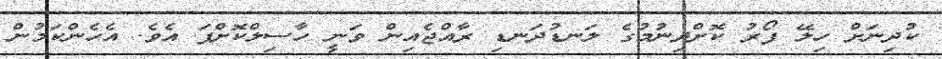
ކުދިނަށް ހިލޭ ފޯރު ކޮށްދިނުމުގެ ލަނޑުދަނޑި ރާއްޖެއިން ވަނީ ހާސިލްކޮށްފަ އެވެ. އެހެންކަމުން